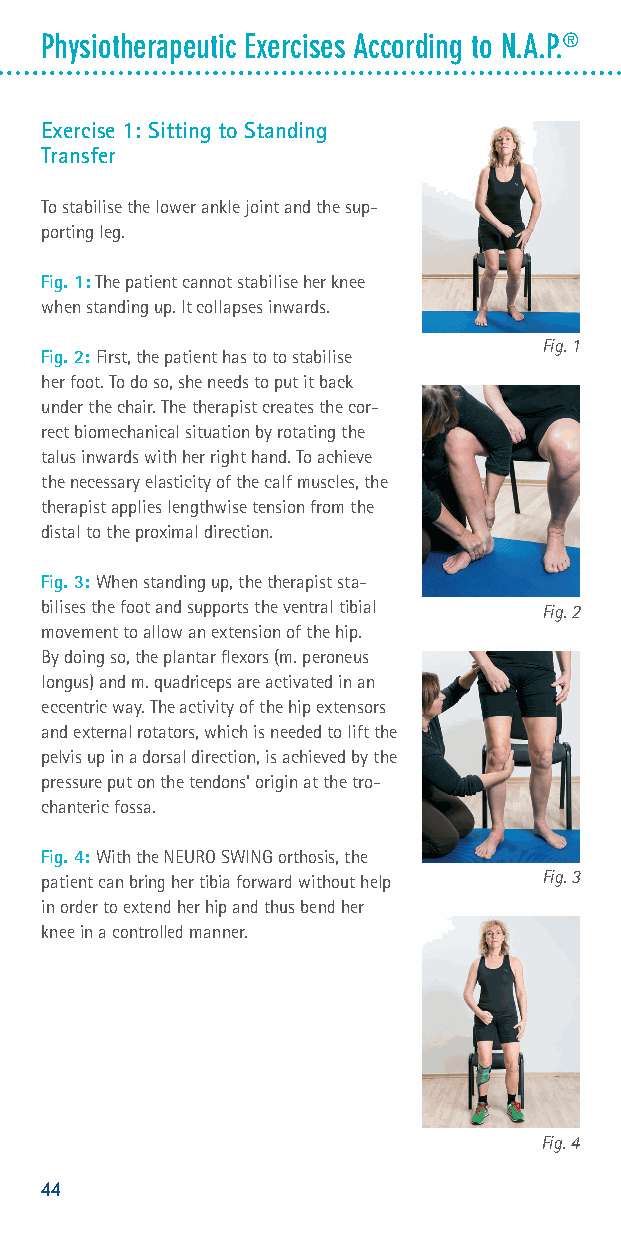
Physiotherapeutic Exercises According to N.A.P.®
 Exercise 1: Sitting to Standing
 Transfer
 To stabilise the lower ankle joint and the sup-
 porting leg.
 Fig. 1: The patient cannot stabilise her knee
 when standing up. It collapses inwards.
 Fig. 1
 Fig. 2: First, the patient has to to stabilise
 her foot. To do so, she needs to put it back
 under the chair. The therapist creates the cor-
 rect biomechanical situation by rotating the
 talus inwards with her right hand. To achieve
 the necessary elasticity of the calf muscles, the
 therapist applies lengthwise tension from the
 distal to the proximal direction.
 Fig. 3: When standing up, the therapist sta-
 bilises the foot and supports the ventral tibial Fig. 2
 movement to allow an extension of the hip.
 By doing so, the plantar flexors (m. peroneus
 longus) and m. quadriceps are activated in an
 eccentric way. The activity of the hip extensors
 and external rotators, which is needed to lift the
 pelvis up in a dorsal direction, is achieved by the
 pressure put on the tendons' origin at the tro-
 chanteric fossa.
 Fig. 4: With the NEURO SWING orthosis, the
 patient can bring her tibia forward without help Fig. 3
 in order to extend her hip and thus bend her
 knee in a controlled manner.
 Fig. 4
 44